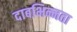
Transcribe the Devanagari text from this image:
दाबभिन्नता